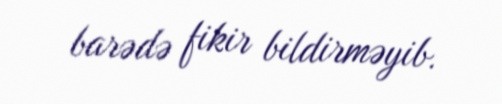
barədə fikir bildirməyib.